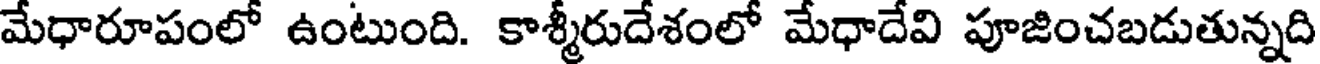
మేధారూపంలో ఉంటుంది. కాశ్మీరుదేశంలో మేధాదేవి పూజించబడుతున్నది